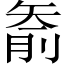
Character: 𱳟